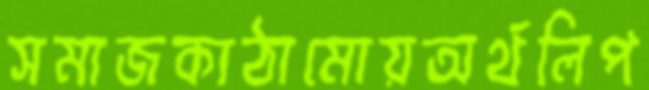
সমাজকাঠামোয়অর্থলিপ